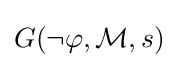
G(\lnot \varphi ,{\mathcal {M}},s)